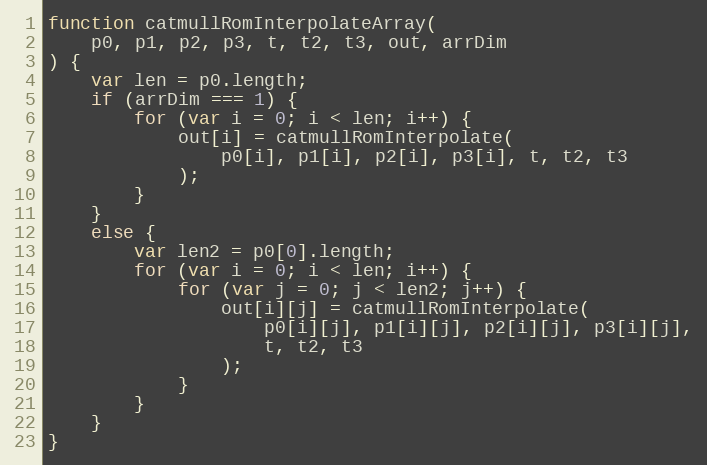
Language: JavaScript
function catmullRomInterpolateArray(
    p0, p1, p2, p3, t, t2, t3, out, arrDim
) {
    var len = p0.length;
    if (arrDim === 1) {
        for (var i = 0; i < len; i++) {
            out[i] = catmullRomInterpolate(
                p0[i], p1[i], p2[i], p3[i], t, t2, t3
            );
        }
    }
    else {
        var len2 = p0[0].length;
        for (var i = 0; i < len; i++) {
            for (var j = 0; j < len2; j++) {
                out[i][j] = catmullRomInterpolate(
                    p0[i][j], p1[i][j], p2[i][j], p3[i][j],
                    t, t2, t3
                );
            }
        }
    }
}